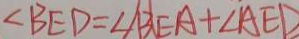
\angle B E D = \angle B E A + \angle A E D